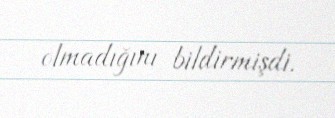
olmadığını bildirmişdi.